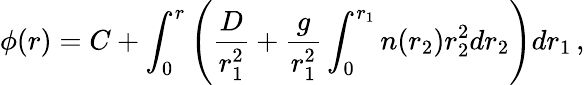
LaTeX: \phi(r)=C+\int_{0}^{r}\left(\frac D{r_{1}^{2}}+\frac g{r_{1}^{2}}\int_{0}^{r_{1}}n(r_{2})r_{2}^{2}dr_{2}\right)dr_{1}\, ,